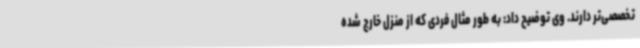
تخصصی‌تر دارند. وی توضیح داد: به طور مثال فردی که از منزل خارج شده